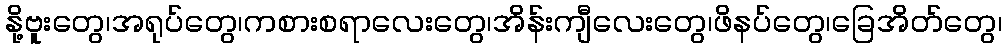
နို့ဗူးတွေ၊အရုပ်တွေ၊ကစားစရာလေးတွေ၊အိန်းကျီလေးတွေ၊ဖိနပ်တွေ၊ခြေအိတ်တွေ၊